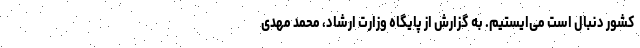
کشور دنبال است می‌ایستیم. به گزارش از پایگاه وزارت ارشاد، محمد مهدی